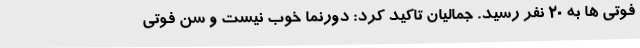
فوتی ها به 20 نفر رسید. جمالیان تاکید کرد: دورنما خوب نیست و سن فوتی